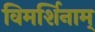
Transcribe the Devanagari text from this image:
विमर्शिनाम्